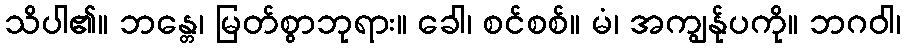
သိပါ၏။ ဘန္တေ၊ မြတ်စွာဘုရား။ ခေါ၊ စင်စစ်။ မံ၊ အကျွန်ုပကို။ ဘဂဝါ၊